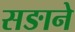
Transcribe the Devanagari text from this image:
सङाने